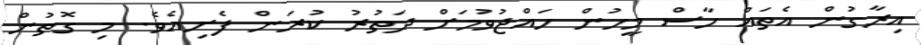
އިރާގުން އެތައް ހާސް މީހުން ހައްޖުވުމަށް ދަތުރު ކުރަން ފެށިއެވެ. މި ގޮތުން